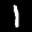
Label: 1